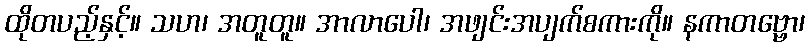
ထိုတပည့်နှင့်။ သဟ၊ အတူတူ။ အာလာပေါ၊ အဖျင်းအပျက်စကားကို။ နကာတဗ္ဗော၊